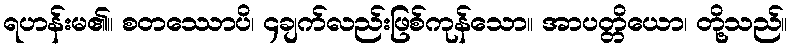
ရဟန်းမ၏။ စတဿောပိ၊ ၄ချက်လည်းဖြစ်ကုန်သော။ အာပတ္တိယော၊ တို့သည်။